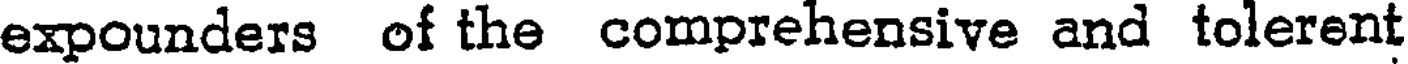
expounders of the comprehensive and tolerent